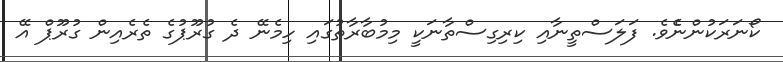
ކޯނަރަކުންނެެވެ. ފަލަސްތީނާއި ކިރިގިސްތާނަކީ މިމުބާރާތުގައި ހިމެނޭ ދެ ގުރޫޕުގެ ތެރެއިން ގުރޫޕް އޭ